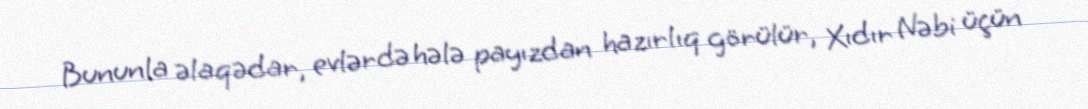
Bununla əlaqədar, evlərdə hələ payızdan hazırlıq görülür, Xıdır Nəbi üçün